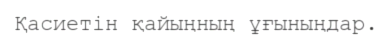
Қасиетін қайыңның ұғыныңдар.